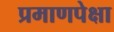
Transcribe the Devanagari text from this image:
प्रमाणपेक्षा